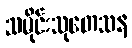
သမိုင်းသုတေသန